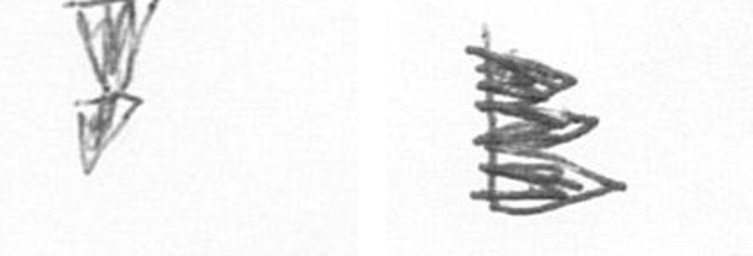
Z H